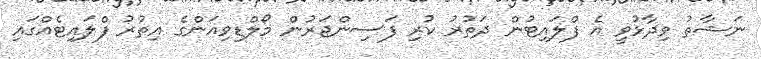
ނަޝާތު ވިދާޅުވީ އެ ފްލައިޓުން ދަތުރު ކުރި ފަސިންޖަރުން މޯލްޑިވިއަންގެ އިތުރު ފްލައިޓެއްގައި